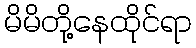
မိမိတို့နေထိုင်ရာ